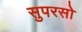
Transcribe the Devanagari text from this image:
सुपरसो